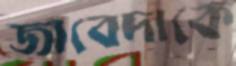
জাবেদাকে